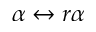
\alpha \leftrightarrow r \alpha